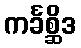
ကင်္ခစ္ဆိဒ